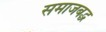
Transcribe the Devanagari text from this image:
समाजबद्ध